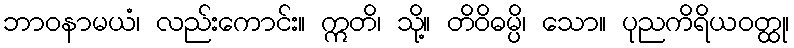
ဘာဝနာမယံ၊ လည်းကောင်း။ ဣတိ၊ သို့။ တိဝိဓမ္ပိ၊ သော။ ပုညကိရိယဝတ္ထု၊